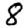
Digit: 8